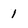
Character: 1